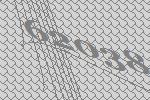
62038